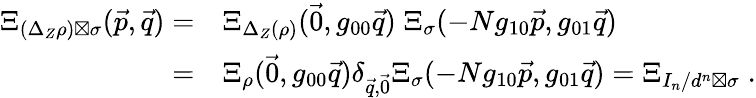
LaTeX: \begin{array}{rl}{\Xi_{(\Delta_{Z}\rho)\boxtimes\sigma}(\vec{p},\vec{q})=}&{\Xi_{\Delta_{Z}(\rho)}(\vec{0},g_{00}\vec{q})\; \Xi_{\sigma}(-Ng_{10}\vec{p},g_{01}\vec{q})}\\ {=}&{\Xi_{\rho}(\vec{0},g_{00}\vec{q})\delta_{\vec{q},\vec{0}}\Xi_{\sigma}(-Ng_{10}\vec{p},g_{01}\vec{q})=\Xi_{I_{n}/d^{n}\boxtimes\sigma}\; .}\end{array}